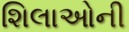
શિલાઓની